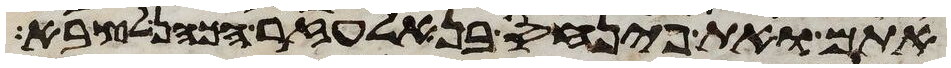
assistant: אתם ואת פינחס בן אלעזר הכהן לצבא